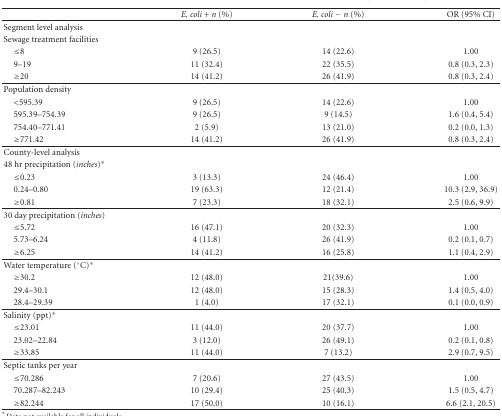
<table><thead><tr><td></td><td><b><i>E. coli</i> + <i>n</i> (%)</b></td><td><b><i>E. coli</i> − <i>n</i> (%)</b></td><td><b>OR (95% CI)</b></td></tr></thead><tbody><tr><td>Segment level analysis</td><td></td><td></td><td></td></tr><tr><td>Sewage treatment facilities</td><td></td><td></td><td></td></tr><tr><td>≤8</td><td>9 (26.5)</td><td>14 (22.6)</td><td>1.00</td></tr><tr><td>9–19</td><td>11 (32.4)</td><td>22 (35.5)</td><td>0.8 (0.3, 2.3)</td></tr><tr><td>≥20</td><td>14 (41.2)</td><td>26 (41.9)</td><td>0.8 (0.3, 2.4) </td></tr><tr><td>Population density</td><td></td><td></td><td></td></tr><tr><td>&lt;595.39</td><td>9 (26.5)</td><td>14 (22.6)</td><td>1.00</td></tr><tr><td>595.39–754.39</td><td>9 (26.5)</td><td>9 (14.5)</td><td>1.6 (0.4, 5.4)</td></tr><tr><td>754.40–771.41</td><td>2 (5.9)</td><td>13 (21.0)</td><td>0.2 (0.0, 1.3)</td></tr><tr><td>≥771.42</td><td>14 (41.2)</td><td>26 (41.9)</td><td>0.8 (0.3, 2.4) </td></tr><tr><td>County-level analysis</td><td></td><td></td><td></td></tr><tr><td>48 hr precipitation (<i>inches</i>)*</td><td></td><td></td><td></td></tr><tr><td>≤0.23</td><td>3 (13.3)</td><td>24 (46.4)</td><td>1.00</td></tr><tr><td>0.24–0.80</td><td>19 (63.3)</td><td>12 (21.4)</td><td>10.3 (2.9, 36.9)</td></tr><tr><td>≥0.81</td><td>7 (23.3)</td><td>18 (32.1)</td><td>2.5 (0.6, 9.9) </td></tr><tr><td>30 day precipitation (<i>inches</i>)</td><td></td><td></td><td></td></tr><tr><td>≤5.72</td><td>16 (47.1)</td><td>20 (32.3)</td><td>1.00</td></tr><tr><td>5.73–6.24</td><td>4 (11.8)</td><td>26 (41.9)</td><td>0.2 (0.1, 0.7)</td></tr><tr><td>≥6.25</td><td>14 (41.2)</td><td>16 (25.8)</td><td>1.1 (0.4, 2.9) </td></tr><tr><td>Water temperature (°C)*</td><td></td><td></td><td></td></tr><tr><td>≥30.2</td><td>12 (48.0)</td><td>21(39.6)</td><td>1.00</td></tr><tr><td>29.4–30.1</td><td>12 (48.0)</td><td>15 (28.3)</td><td>1.4 (0.5, 4.0)</td></tr><tr><td>28.4–29.39</td><td>1 (4.0)</td><td>17 (32.1)</td><td>0.1 (0.0, 0.9) </td></tr><tr><td>Salinity (ppt)*</td><td></td><td></td><td></td></tr><tr><td>≤23.01</td><td>11 (44.0)</td><td>20 (37.7)</td><td>1.00</td></tr><tr><td>23.02–22.84</td><td>3 (12.0)</td><td>26 (49.1)</td><td>0.2 (0.1, 0.8)</td></tr><tr><td>≥33.85</td><td>11 (44.0)</td><td>7 (13.2)</td><td>2.9 (0.7, 9.5) </td></tr><tr><td>Septic tanks per year</td><td></td><td></td><td></td></tr><tr><td>≤70.286</td><td>7 (20.6)</td><td>27 (43.5)</td><td>1.00</td></tr><tr><td>70.287–82.243</td><td>10 (29.4)</td><td>25 (40.3)</td><td>1.5 (0.5, 4.7)</td></tr><tr><td>≥82.244</td><td>17 (50.0)</td><td>10 (16.1)</td><td>6.6 (2.1, 20.5)</td></tr></tbody></table>